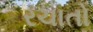
રચાતો